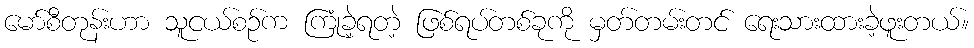
မော်စီတုန်းဟာ သူငယ်စဉ်က ကြုံခဲ့ရတဲ့ ဖြစ်ရပ်တစ်ခုကို မှတ်တမ်းတင် ရေးသားထားခဲ့ဖူးတယ်။